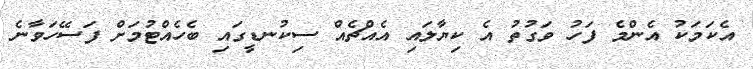
އެކަމަކު އެންމެ ފަހު ވަގުތު އެ ކިޔާލައި އެއްޗެއް ސިކުނޑީގައި ބެހެއްޓުމަށް ފަސޭހަވާނެ